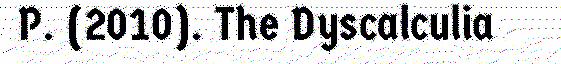
P. (2010). The Dyscalculia